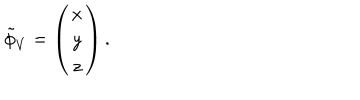
\tilde { \phi } _ { V } = \left( \begin{array} { c } { { x } } \\ { { y } } \\ { { z } } \\ \end{array} \right) .